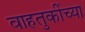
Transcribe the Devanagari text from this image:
वाहतुकींच्या